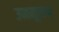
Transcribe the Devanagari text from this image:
उनमूलन